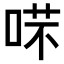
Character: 𠶙